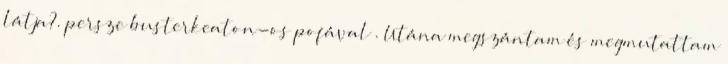
látja?. persze busterkeaton-os pofával . Utána megszántam és megmutattam